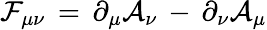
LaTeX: \mathcal{F}_{\mu\nu}\, =\, \partial_{\mu}\mathcal{A}_{\nu}\, -\, \partial_{\nu}\mathcal{A}_{\mu}